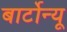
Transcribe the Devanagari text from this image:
बार्टोन्यू